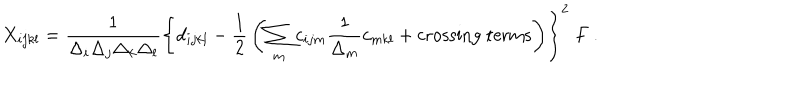
LaTeX: X _ { i j k l } = { \frac { 1 } { \Delta _ { i } \Delta _ { j } \Delta _ { k } \Delta _ { l } } } \left\{ d _ { i j k l } - { \frac { 1 } { 2 } } \left( \sum _ { m } c _ { i j m } { \frac { 1 } { \Delta _ { m } } } c _ { m k l } + \mathrm { c r o s s i n g ~ t e r m s } \right) \right\} ^ { 2 } \ F \ .